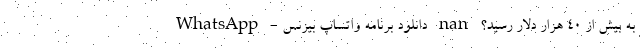
به بیش از 40 هزار دلار رسید؟ nan دانلود برنامه واتساپ بیزنس - WhatsApp